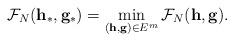
LaTeX: \begin{align*}\mathcal{F}_N (\mathbf{h}_*,\mathbf{g}_*) = \min_{(\mathbf{h},\mathbf{g})\in E^m} \mathcal{F}_N (\mathbf{h},\mathbf{g}).\end{align*}